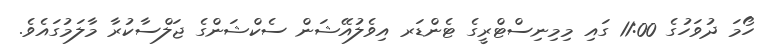
ހޯމަ ދުވަހުގެ 11:00 ގައި މިމިނިސްޓްރީގެ ޓެންޑަރ އިވެލުއޭޝަން ސެކްޝަންގެ ޖަލްސާކުރާ މާލަމުގައެވެ.